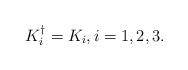
LaTeX: \begin{align*} K_i^{\dagger}=K_i,i=1,2,3.\end{align*}